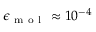
\epsilon _ { \mathrm { ~ m ~ o ~ l ~ } } \approx 1 0 ^ { - 4 }